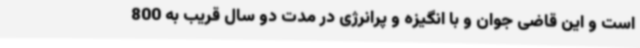
است و این قاضی جوان و با انگیزه و پرانرژی در مدت دو سال قریب به 800